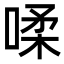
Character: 㖻